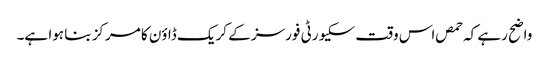
واضح رہے کہ حمص اس وقت سکیورٹی فورسز کے کریک ڈاؤن کا مرکز بنا ہوا ہے۔